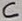
Text: C